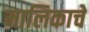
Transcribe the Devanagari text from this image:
मालिकाचे